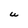
Character: W